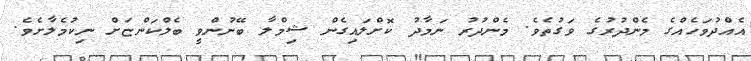
އެއްދުވަހެއްގެ މެންދުރުގެ ވަގުތެވެ. މެންދުރު ނަމާދު ކޮށްލައިގެން ޝިމްލާ ބޭނުންވީ ބެލްކަންޏަށް ނިކުމެލާށެވެ.